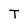
Character: T